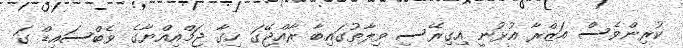
ކުރިންވެސް އަޒްރާ އުޅުނީ އިގިރޭސި ވިލާތުގައިބާ ރާއްޖޭގަ ހިގާ ޖަމްއިއްޔާގެ ވެބްސައިޑް ގަ